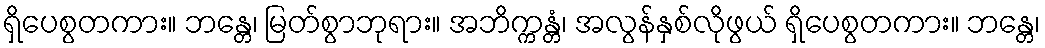
ရှိပေစွတကား။ ဘန္တေ၊ မြတ်စွာဘုရား။ အဘိက္ကန္တံ၊ အလွန်နှစ်လိုဖွယ် ရှိပေစွတကား။ ဘန္တေ၊